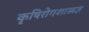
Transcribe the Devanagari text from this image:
कृषिरोगशास्त्रज्ञ